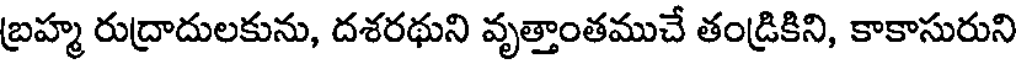
బ్రహ్మ రుద్రాదులకును, దశరథుని వృత్తాంతముచే తండ్రికిని, కాకాసురుని